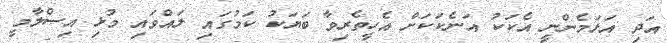
އަދި އަޅަމެންނީ އެކަކު އަނެކަކަށް އެހީތެރިވާ ބަޔަކު ކަމުގައި ލައްވައި މުޅި އިސްލާމީ